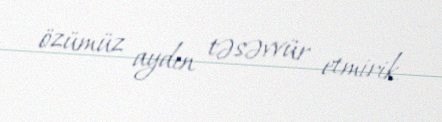
özümüz aydın təsəvvür etmirik.